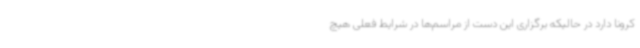
کرونا دارد در حالیکه برگزاری این دست از مراسم‌ها در شرایط فعلی هیچ